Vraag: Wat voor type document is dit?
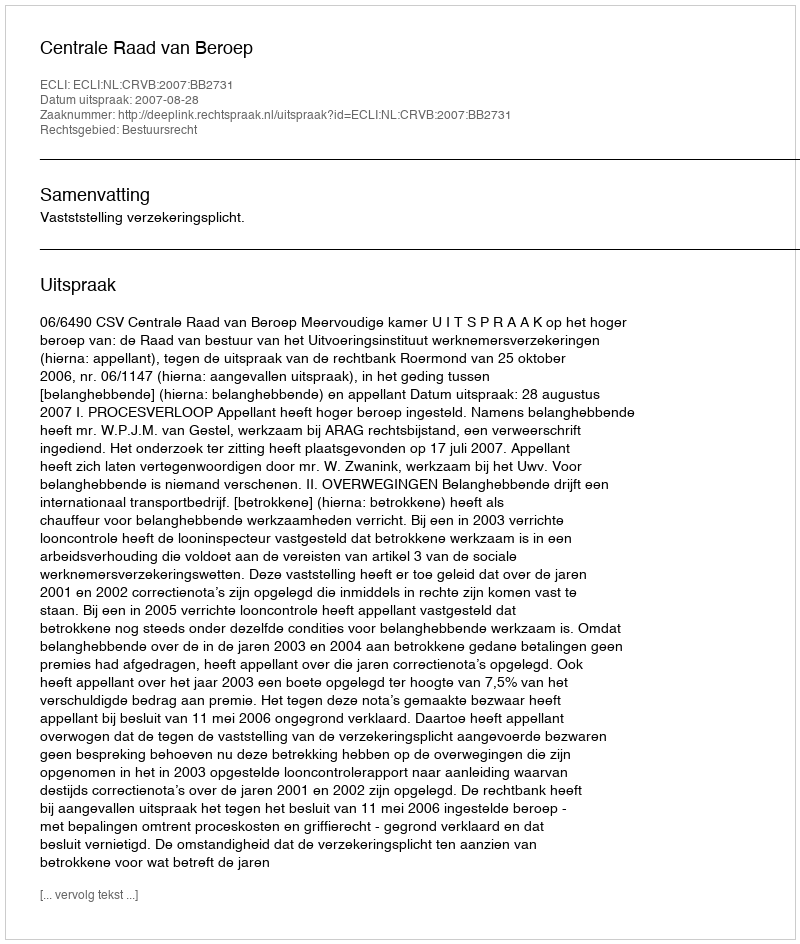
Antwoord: Uitspraak